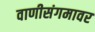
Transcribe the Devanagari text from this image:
वाणीसंगमावर